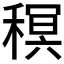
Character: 𮃠